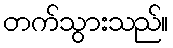
တက်သွားသည်။